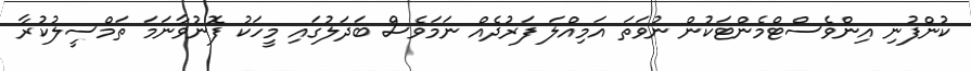
ކުންފުނި އިންވެސްޓްމެންޓަކުން ނުވަތަ އަމިއްލަ ފަރުދެއް ނަމަވެސް ބަދަލުގައި މީހަކު ފޮނުވާނަމަ ތަމްސީލުކުރާ